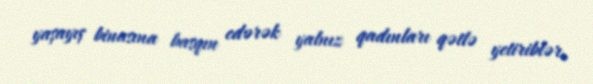
yaşayış binasına basqın edərək yalnız qadınları qətlə yetiriblər.